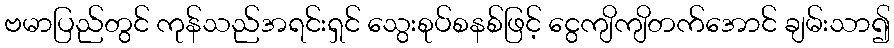
ဗမာပြည်တွင် ကုန်သည်အရင်းရှင် သွေးစုပ်စနစ်ဖြင့် ငွေကျိကျိတက်အောင် ချမ်းသာ၍